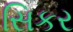
સિકર